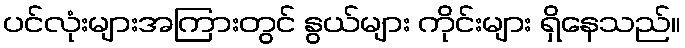
ပင်လုံးများအကြားတွင် နွယ်များ ကိုင်းများ ရှိနေသည်။